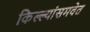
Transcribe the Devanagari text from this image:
किल्ल्यांसमवेत